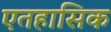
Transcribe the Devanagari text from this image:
एतहासिक